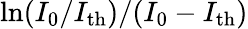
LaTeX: \ln(I_{0}/I_{\mathrm{th}})/(I_{0}-I_{\mathrm{th}})